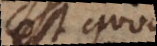
est, quod